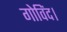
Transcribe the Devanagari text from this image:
गोविंद।